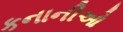
કનાનીઓ